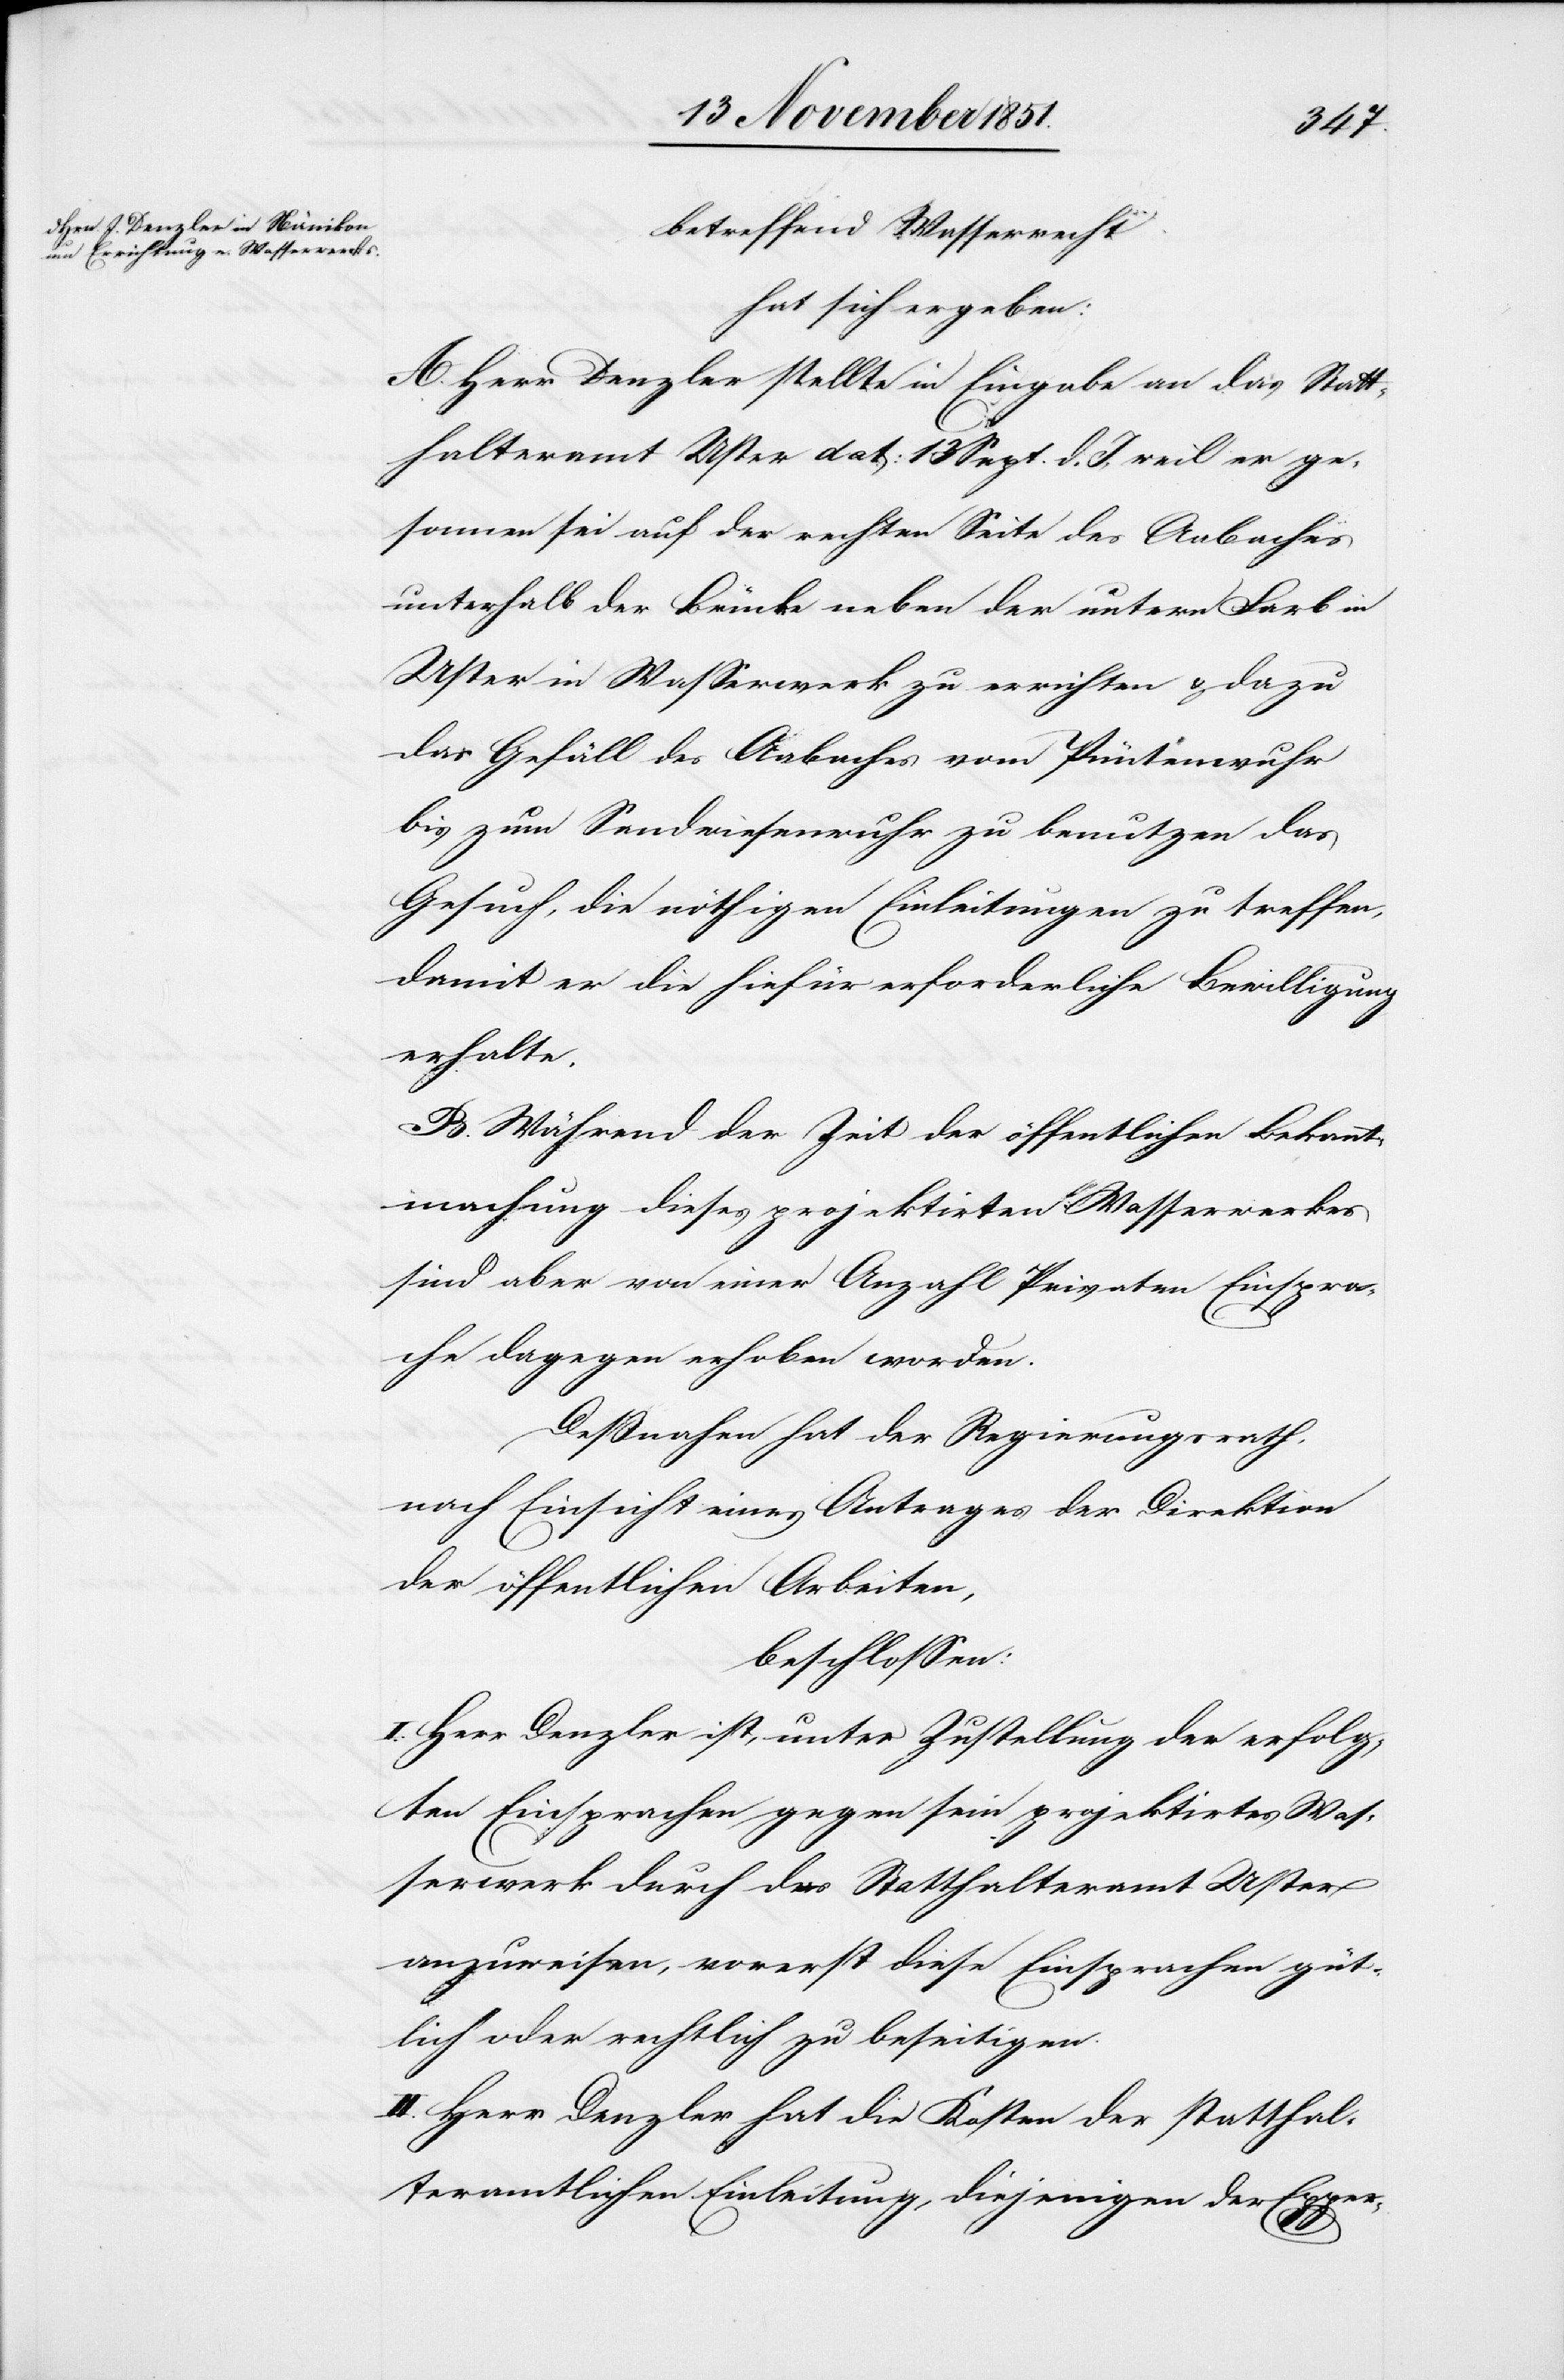
betreffend Wasserrecht
hat sich ergeben:
A. Herr Denzler stellte in Eingabe an das Statt¬
halteramt Uster dat: 13 Sept. d. J, weil er ge¬
sonnen sei auf der rechten Seite des Aabaches
unterhalb der Brücke neben der untern Farb in
Uster [e]in Wasserwerk zu errichten & dazu
das Gefäll des Aabaches vom Püntenwuhr
bis zum Sandwiesenwuhr zu benutzen das
Gesuch, die nöthigen Einleitungen zu treffen,
damit er die hiefür erforderliche Bewilligung
erhalte.
B. Während der Zeit der öffentlichen Bekannt¬
machung dieses projektirten Wasserwerkes
sind aber von einer Anzahl Privaten Einspra¬
che[n] dagegen erhoben worden.
Deßnahen hat der Regierungsrath,
nach Einsicht eines Antrages der Direktion
der öffentlichen Arbeiten,
beschlossen:
I. Herr Denzler ist, unter Zustellung der erfolg¬
ten Einsprachen gegen sein projektirtes Was¬
serwerk durch das Statthalteramt Uster
anzuweisen, vorerst diese Einsprachen güt¬
lich oder rechtlich zu beseitigen.
II. Herr Denzler hat die Kosten der statthal¬
teramtlichen Einleitung, diejenigen der Exper-